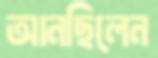
আনছিলেন